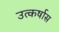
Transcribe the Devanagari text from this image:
उत्कर्षास